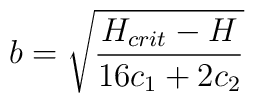
b = \sqrt{\frac{H_{crit}-H}{16c_1+2c_2}}